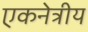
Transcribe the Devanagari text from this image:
एकनेत्रीय